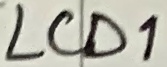
Text: LCD1